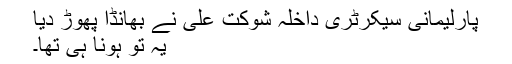
پارلیمانی سیکرٹری داخلہ شوکت علی نے بھانڈا پھوڑ دیا
یہ تو ہونا ہی تھا۔